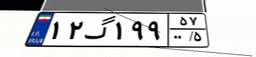
۱۲گ۱۹۹۵۷